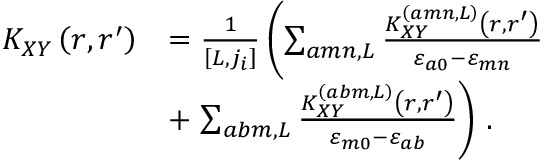
\begin{array} { r l } { K _ { X Y } \left( r , r ^ { \prime } \right) } & { = \frac { 1 } { \left[ L , j _ { i } \right] } \left( \sum _ { a m n , L } \frac { K _ { X Y } ^ { \left( a m n , L \right) } \left( r , r ^ { \prime } \right) } { \varepsilon _ { a 0 } - \varepsilon _ { m n } } \right. } \\ & { + \left. \sum _ { a b m , L } \frac { K _ { X Y } ^ { \left( a b m , L \right) } \left( r , r ^ { \prime } \right) } { \varepsilon _ { m 0 } - \varepsilon _ { a b } } \right) \, . } \end{array}